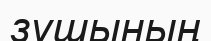
зушының